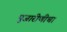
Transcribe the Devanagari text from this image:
पुजारीणीचा